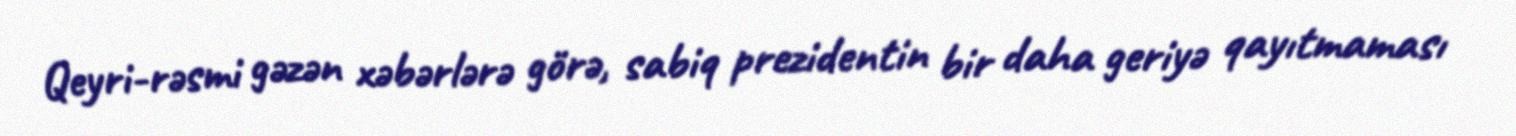
Qeyri-rəsmi gəzən xəbərlərə görə, sabiq prezidentin bir daha geriyə qayıtmaması